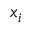
x _ { i }